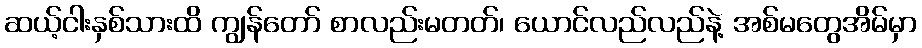
ဆယ့်ငါးနှစ်သားထိ ကျွန်တော် စာလည်းမတတ်၊ ယောင်လည်လည်နဲ့ အစ်မတွေအိမ်မှာ